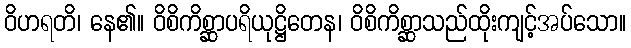
ဝိဟရတိ၊ နေ၏။ ဝိစိကိစ္ဆာပရိယုဋ္ဌိတေန၊ ဝိစိကိစ္ဆာသည်ထိုးကျင့်အပ်သော။